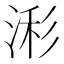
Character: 𰜄